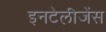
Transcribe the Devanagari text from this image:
इनटेलीजेंस